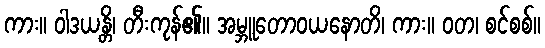
ကား။ ဝါဒယန္တိ၊ တီးကုန်၏။ အမ္ဘူတောဝယနောတိ၊ ကား။ ဝတ၊ စင်စစ်။